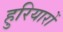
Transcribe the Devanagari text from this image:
हुरियारों